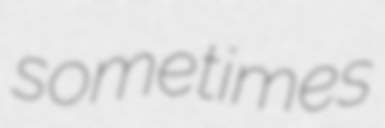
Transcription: sometimes